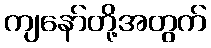
ကျနော်တို့အတွက်